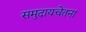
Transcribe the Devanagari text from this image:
समुदायचेतना